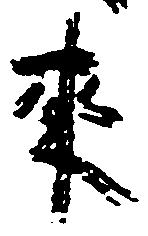
来